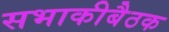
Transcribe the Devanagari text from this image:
सभाकीबैठक